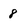
Character: 8